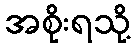
အစိုးရသို့